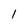
Character: l